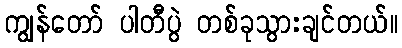
ကျွန်တော် ပါတီပွဲ တစ်ခုသွားချင်တယ်။